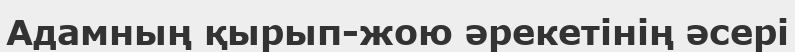
Адамның қырып-жою әрекетінің әсері